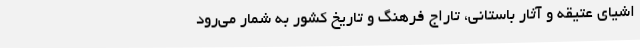
اشیای عتیقه و آثار باستانی، تاراج فرهنگ و تاریخ کشور به شمار می‌رود